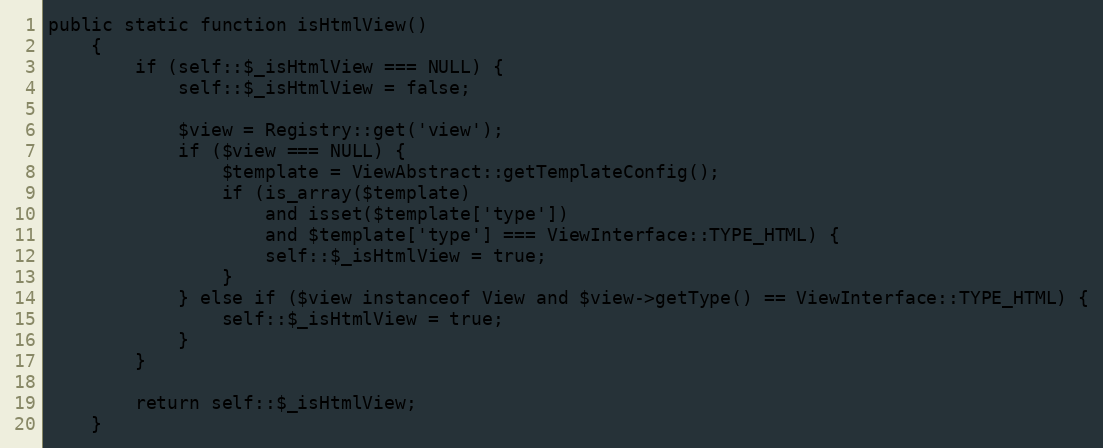
Language: PHP
public static function isHtmlView()
    {
        if (self::$_isHtmlView === NULL) {
            self::$_isHtmlView = false;

            $view = Registry::get('view');
            if ($view === NULL) {
                $template = ViewAbstract::getTemplateConfig();
                if (is_array($template)
                    and isset($template['type'])
                    and $template['type'] === ViewInterface::TYPE_HTML) {
                    self::$_isHtmlView = true;
                }
            } else if ($view instanceof View and $view->getType() == ViewInterface::TYPE_HTML) {
                self::$_isHtmlView = true;
            }
        }

        return self::$_isHtmlView;
    }